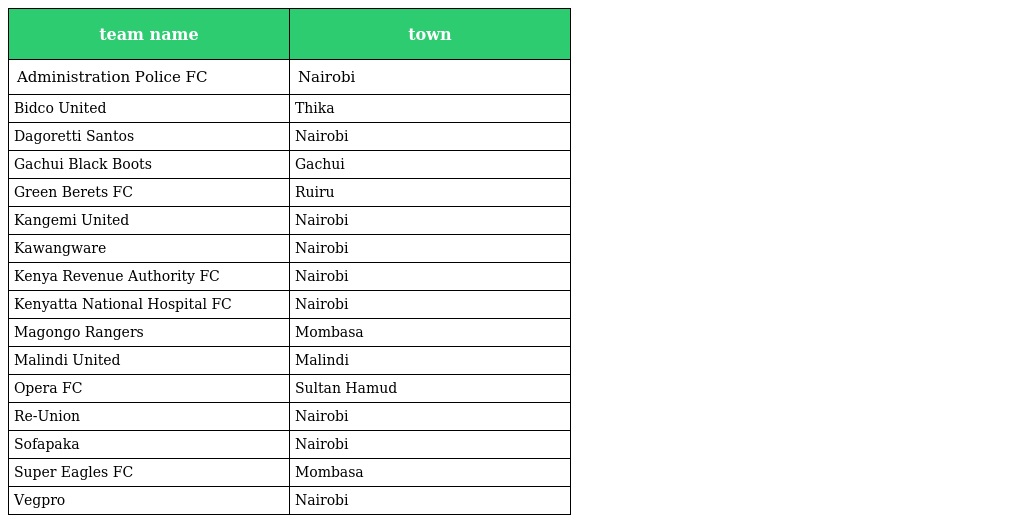
| team name | town |
 | --- | --- |
 | Administration Police FC | Nairobi |
 | Bidco United | Thika |
 | Dagoretti Santos | Nairobi |
 | Gachui Black Boots | Gachui |
 | Green Berets FC | Ruiru |
 | Kangemi United | Nairobi |
 | Kawangware | Nairobi |
 | Kenya Revenue Authority FC | Nairobi |
 | Kenyatta National Hospital FC | Nairobi |
 | Magongo Rangers | Mombasa |
 | Malindi United | Malindi |
 | Opera FC | Sultan Hamud |
 | Re-Union | Nairobi |
 | Sofapaka | Nairobi |
 | Super Eagles FC | Mombasa |
 | Vegpro | Nairobi |